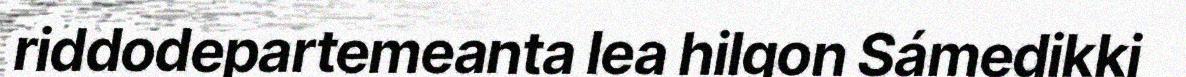
riddodepartemeanta lea hilgon Sámedikki